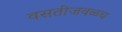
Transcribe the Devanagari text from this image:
वसतीजवळच